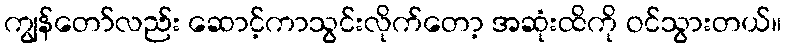
ကျွန်တော်လည်း ဆောင့်ကာသွင်းလိုက်တော့ အဆုံးထိကို ဝင်သွားတယ်။